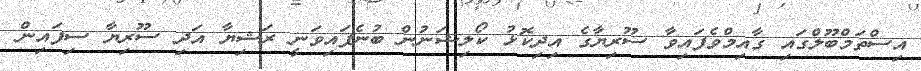
އިސްތަމްބޫލްގައި ގާއިމްވެފައިވާ ސޫރިޔާގެ އިދިކޮޅު ކޯލިޝަނުން ބުނެފައިވަނީ ރަޝިޔާ އަދި ސޫރިޔާ ސިފައިން